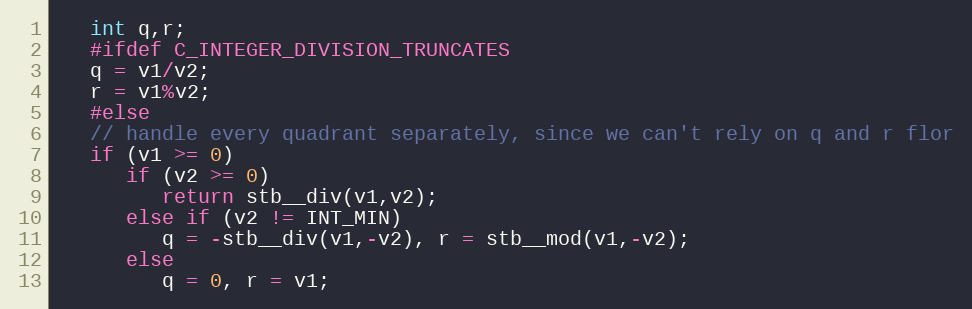
Language: C
   int q,r;
   #ifdef C_INTEGER_DIVISION_TRUNCATES
   q = v1/v2;
   r = v1%v2;
   #else
   // handle every quadrant separately, since we can't rely on q and r flor
   if (v1 >= 0)
      if (v2 >= 0)
         return stb__div(v1,v2);
      else if (v2 != INT_MIN)
         q = -stb__div(v1,-v2), r = stb__mod(v1,-v2);
      else
         q = 0, r = v1;